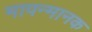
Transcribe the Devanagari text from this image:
मापन्मानक